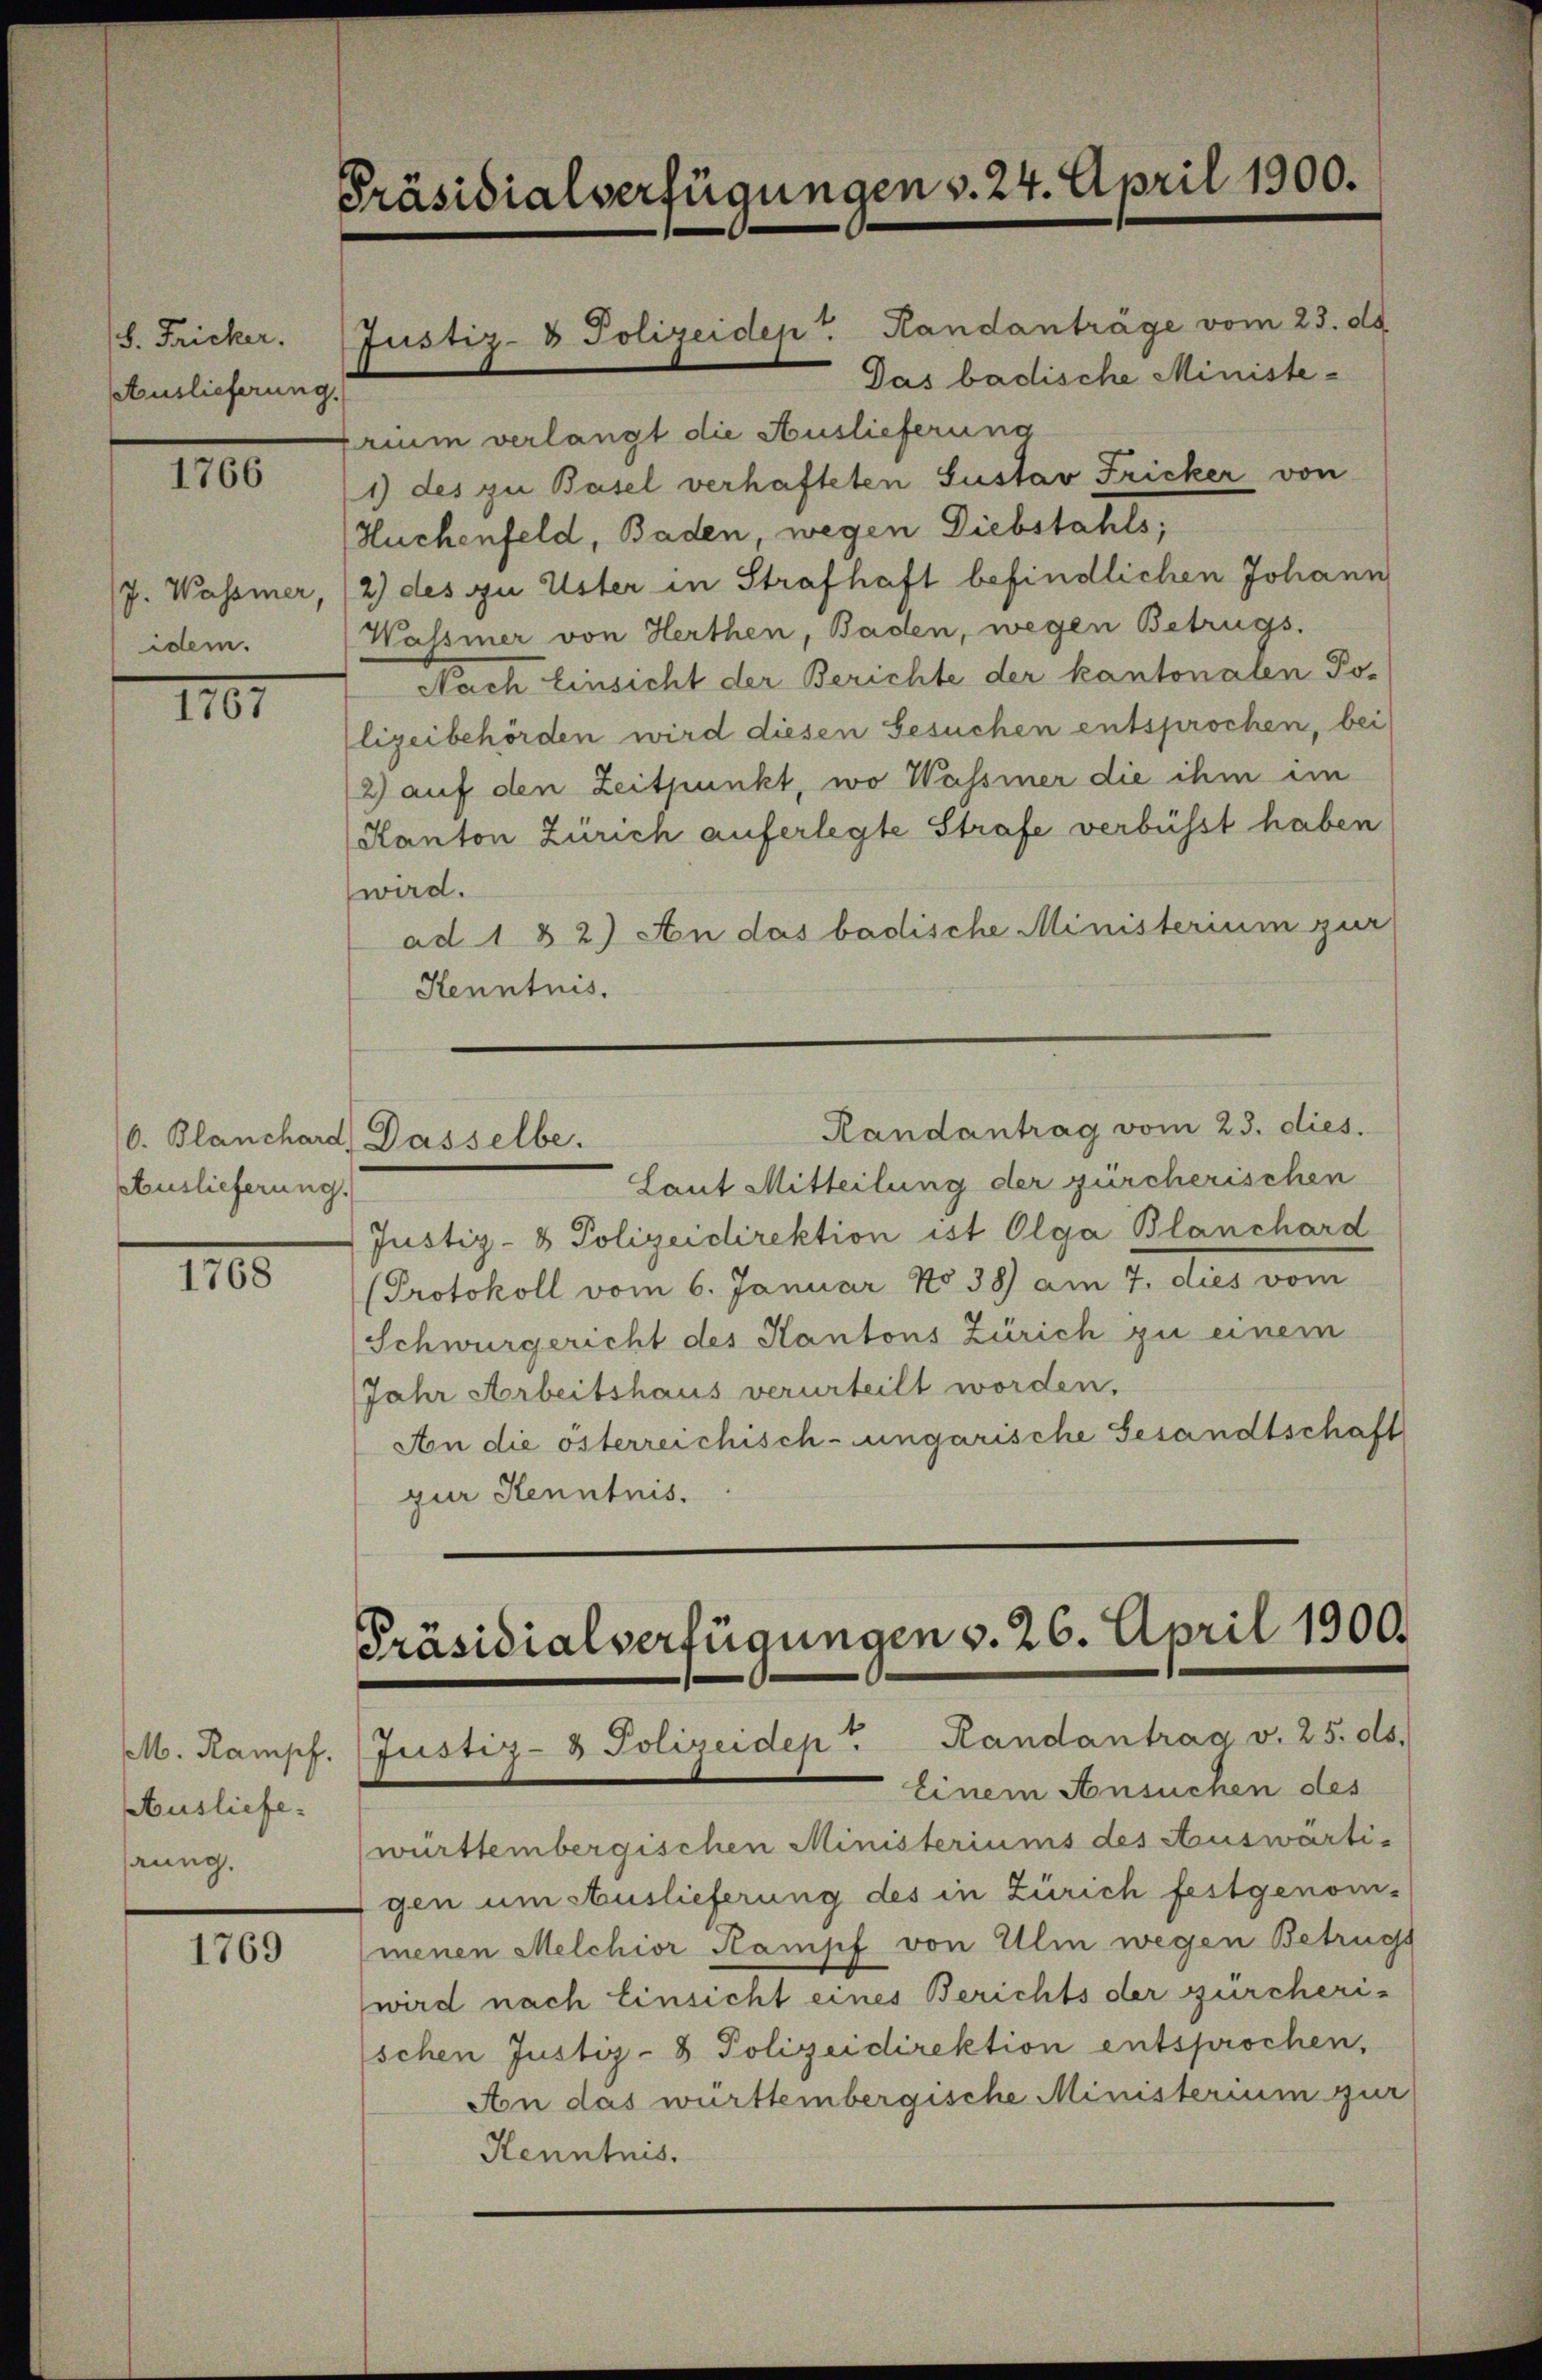
S. Fricker.
Auslieferung

1766

J. Wassier,
idem.

1107

buslieferung.

1105.

M. Kampf.
Ausliefe.
aung.

1769

Präsidialverfügungen v. 24. April 1900.

Justiz- & Polizeidept. Handanträge vom 23. ds.
Das badische Ministe-
prium verlangt die Auslieferung
1) des zu Basel verhafteten Sustav Fricker von
Huchenfeld, Baden wegen Diebstahls,
2) des zu Uster in Strafhaft befindlichen Johann
Wassiner von Herthen, Baden, wegen Betrugs.
Nach Einsicht der Berichte der kantonalen Po-
lizeibehörden wird diesen Gesuchen entsprochen, bei
2) auf den Zeitpunkt, wo Wassiner die ihm im
Kanton Zürich auferlegte Strafe verbüsst haben
wird.
ad 1 82) An das badische Ministerium zur
Kenntnis.
Randantrag vom 23. dies.
6. Blanchard, Dasselbe.
Laut Mitteilung der zürcherischen
(Justiz- & Polizeidirektion ist Olga Blanchard
Protokoll vom 6. Januar No 38) am 7. dies vom
Schwurgericht des Kantons Zürich zu einem
Jahr Arbeitshaus verurteilt worden.
An die österreichisch-ungarische Gesandtschaft
zur Kenntnis.

Präsidialverfügungen v. 26. April 1900.
Justiz- & Polizeiden . Handantrag v. 25. ds.

einem Ansuchen des
württembergischen Ministeriums des Auswärtigen um Auslieferung des in Zürich festgenom-
menen Melchior Kampf von Ulm wegen Betrugs
wird nach Einsicht eines Berichts der zürcherischen Justiz- & Polizeidirektion entsprochen,
An das württembergische Ministerium zur
Kenntnis.